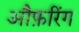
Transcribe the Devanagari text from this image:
औफ़रिंग